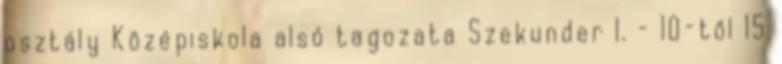
osztály Középiskola alsó tagozata Szekunder I. – 10-től 15